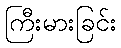
ကြီးမားခြင်း